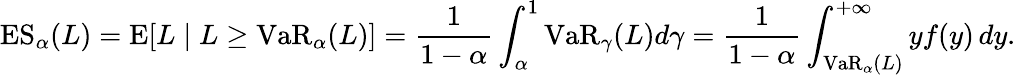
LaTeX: \operatorname{ES}_{\alpha}(L)=\operatorname{E}[L\mid L\geq\operatorname{VaR}_{\alpha}(L)]={\frac{1}{1-\alpha}}\int_{\alpha}^{1}\operatorname{VaR}_{\gamma}(L)d\gamma={\frac{1}{1-\alpha}}\int_{\operatorname{VaR}_{\alpha}(L)}^{+\infty}yf(y)\, dy.